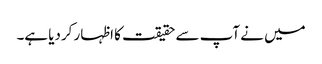
میں نے آپ سے حقیقت کا اظہار کردیا ہے۔